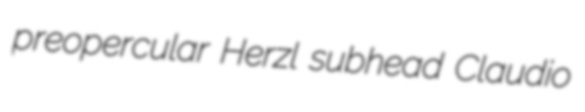
preopercular Herzl subhead Claudio